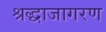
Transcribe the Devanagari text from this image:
श्रद्धाजागरण